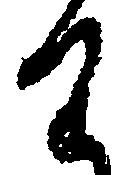
り